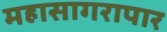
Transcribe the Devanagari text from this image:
महासागरापार